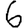
Digit: 6